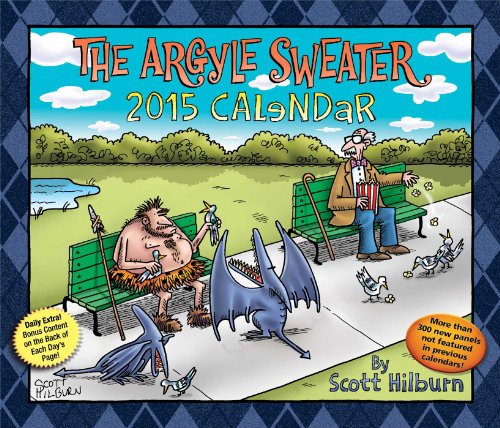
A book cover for The Argyle Sweater 2015 Day-to-Day Calendar; Scott Hilburn; Calendars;